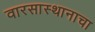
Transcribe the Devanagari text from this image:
वारसास्थानाचा